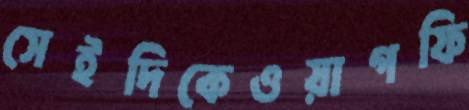
সেইদিকেওয়াগফি